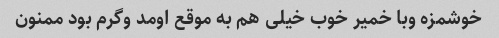
خوشمزه وبا خمیر خوب خیلی هم به موقع اومد وگرم بود ممنون